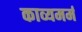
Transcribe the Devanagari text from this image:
काव्यमर्म